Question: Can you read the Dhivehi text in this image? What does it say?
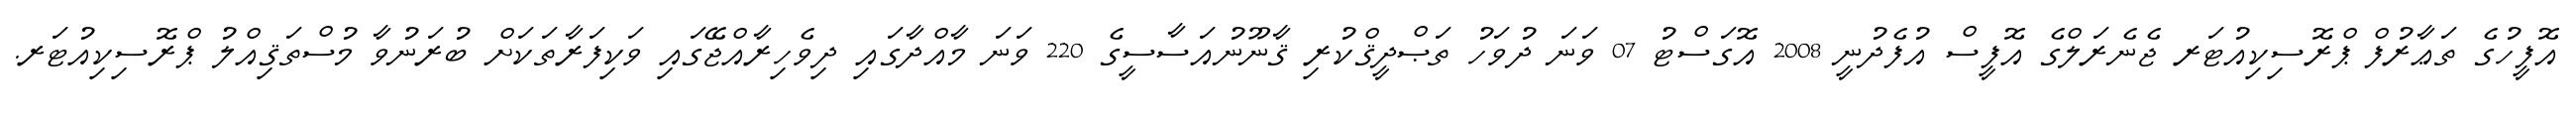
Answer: އޮފީހުގެ ތަޢާރުފް ޕްރޮސިކިއުޓަރ ޖެނެރަލްގެ އޮފީސް އުފެދުނީ 2008 އޮގަސްޓު 07 ވަނަ ދުވަހު ތަޞްދީޤްކުރި ޤާނޫނުއަސާސީގެ 220 ވަނަ މާއްދާގައި ދިވެހިރާއްޖޭގައި ވަކިފަރާތަކަށް ބުރަނުވާ މުސްތަޤިއްލު ޕްރޮސިކިއުޓަރ.